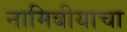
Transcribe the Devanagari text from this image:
नामिबीयाचा